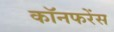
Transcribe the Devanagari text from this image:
कॉनफरेंस